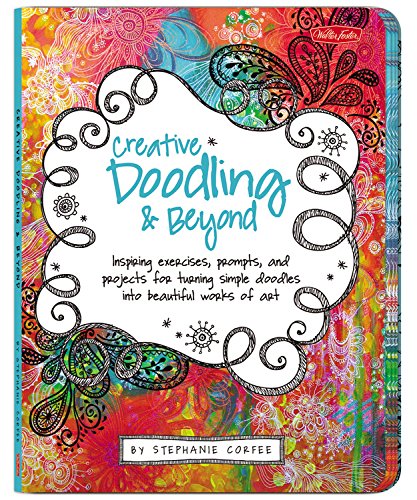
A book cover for Creative Doodling & Beyond: Inspiring exercises, prompts, and projects for turning simple doodles into beautiful works of art (Creative...and Beyond); Stephanie Corfee; Arts & Photography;